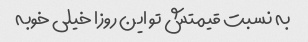
به نسبت قیمتش تو این روزا خیلی خوبه